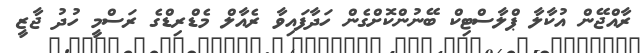
ރާއްޖޭން އުކާލާ ޕްލާސްޓިކް ބޭނުންކޮށްގެން ހަދާފައިވާ ރެއާލް މެޑްރިޑްގެ ރަސްމީ ހުދު ޖާޒީ